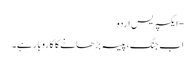
- ایکسپریس اردو
اب جنگ، پیسہ بڑھانے کا کاروبار ہے۔